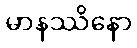
မာနဿိနော